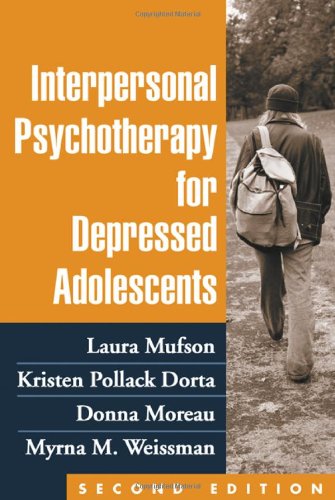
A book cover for Interpersonal Psychotherapy for Depressed Adolescents, Second Edition; Laura H. Mufson PhD; Medical Books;